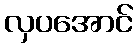
လှပအောင်